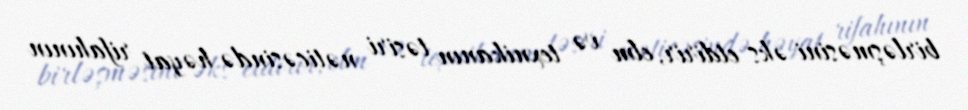
birləşməsini əks etdirir, elm və texnikanın təsiri nəticəsində həyat rifahının